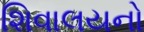
શિવાલયનો